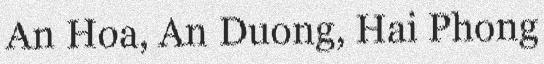
An Hoa, An Duong, Hai Phong